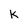
Character: k